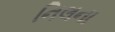
નિલના